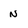
Character: n